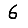
Digit: 6